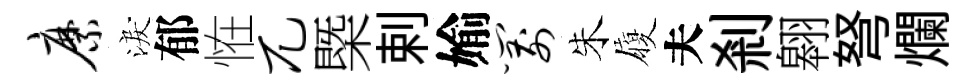
縻淚郁恠兀㮣剌媮箭朱履夫剎翱弩爛